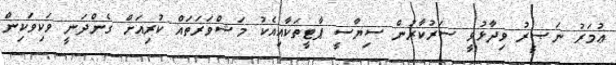
ޢުމަރު ނަޞީރު ވިދާޅުވީ ސަރުކާރުން ސިޔާސީ ޕާޓީތަކާއިއެކު މަޝްވަރަތައް ކުރިއަށް ގެންދަނީ ވަކިވަކިން